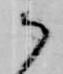
か